Annual administration and progress report of the Indian Medical Department, Bombay
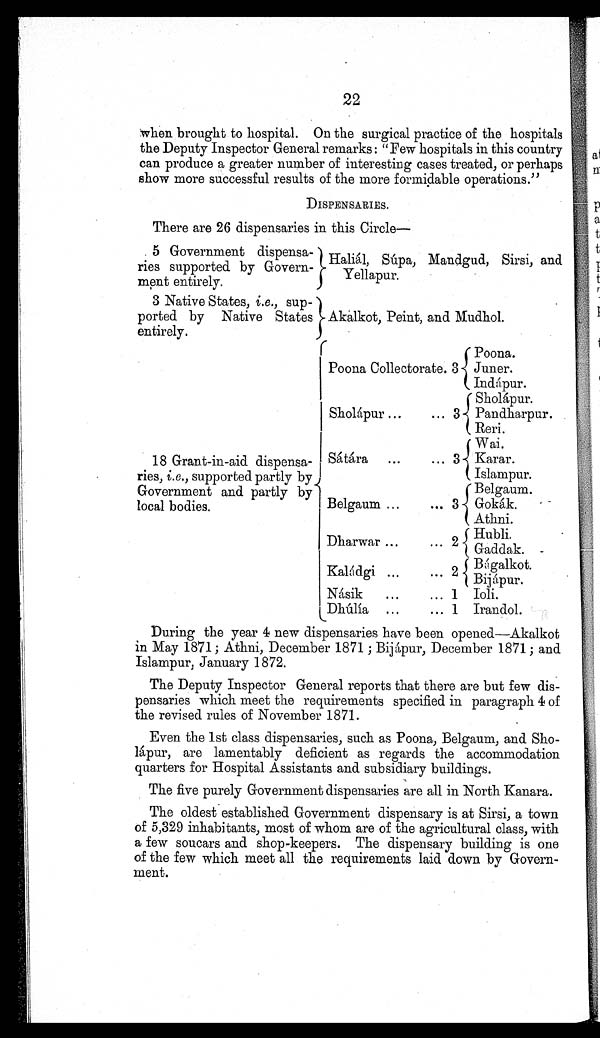
22
when brought to hospital. On the surgical practice of the hospitals
the Deputy Inspector General remarks: "Few hospitals in this country
can produce a greater number of interesting cases treated, or perhaps
show more successful results of the more formidable operations."
DISPENSARIES.
There are 26 dispensaries in this Circle
—
5 Government dispensa-
ries supported by Govern-
ment entirely.
Haliál, Súpa, Mandgud, Sirsi, and
Yellapur.
3 Native States, i.e., sup-
ported by Native States
entirely.
Akalkot, Point, and Mudhol.
18 Grant-in-aid dispensa-
ries, i.e., supported partly by
Government and partly by
local bodies.
Poona Collectorate. 3
Poona.
Juner.
Indápur.
Sholápur ...
... 3
Sholápur.
Pandharpur.
Reri.
Sátára ...
... 3
Wai.
Karar.
Islampur.
Belgaum ...
... 3
Belgaum.
Gokák.
Athni.
Dharwar ...
. . . 2
Hubli.
Gaddak.
Kaládgi ... ...
2 Bágalkot.
Bijápur.
Násik
. . .
... 1 Ioli.
Dhúlia ...
... 1 Irandol.
During the year 4 new dispensaries have been opened—Akalkot
in May 1871; Athni, December 1871; Bijápur, December 1871; and
Islampur, January 1872.
The Deputy Inspector General reports that there are but few dis-
pensaries which meet the requirements specified in paragraph 4 of
the revised rules of November 1871.
Even the 1st class dispensaries, such as Poona, Belgaum, and Sho-
l á p u r , a r e l a m e n t a b l y d e f i c i e n t a s r e g a r d s t h e a c c o m m o d a t i o n
quarters for Hospital Assistants and subsidiary buildings.
The five purely Government dispensaries are all in North Kanara.
The oldest established Government dispensary is at Sirsi, a town
of 5,329 inhabitants, most of whom are of the agricultural class, with
a few soucars and shop-keepers. The dispensary building is one
of the few which meet all the requirements laid down by Govern-
ment.